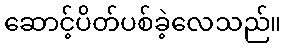
ဆောင့်ပိတ်ပစ်ခဲ့လေသည်။